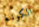
الكونغ